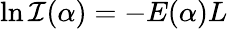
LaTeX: \ln{\cal\mathcal{I}}(\alpha)=-E(\alpha)L